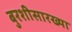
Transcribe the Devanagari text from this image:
बुरशीसारख्या